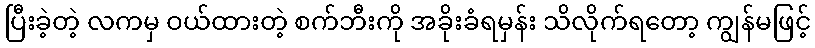
ပြီးခဲ့တဲ့ လကမှ ဝယ်ထားတဲ့ စက်ဘီးကို အခိုးခံရမှန်း သိလိုက်ရတော့ ကျွန်မဖြင့်